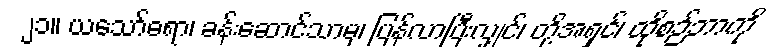
၂၁။ ယသော်ဓရာ၊ ခန်းဆောင်သာမှ၊ ပြန်လာပြီးလျှင်၊ တို့အရှင်၊ ထိုစဉ်ဘာကို